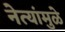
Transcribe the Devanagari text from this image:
नेत्यांमुळे